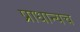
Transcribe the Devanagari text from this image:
प्राधान्यच